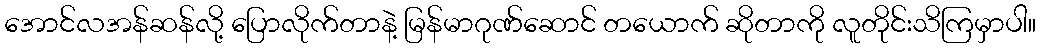
အောင်လအန်ဆန်လို့ ပြောလိုက်တာနဲ့ မြန်မာဂုဏ်ဆောင် တယောက် ဆိုတာကို လူတိုင်းသိကြမှာပါ။